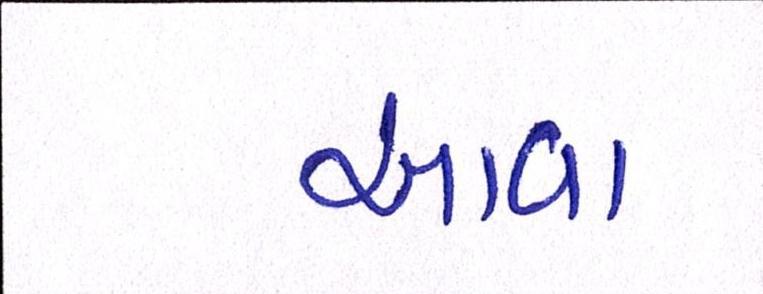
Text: આવા